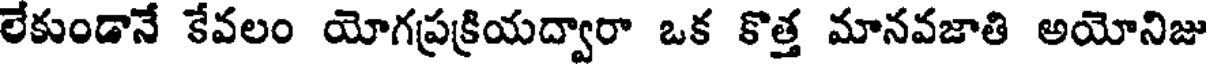
లేకుండానే కేవలం యోగప్రక్రియద్వారా ఒక కొత్త మానవజాతి అయోనిజు